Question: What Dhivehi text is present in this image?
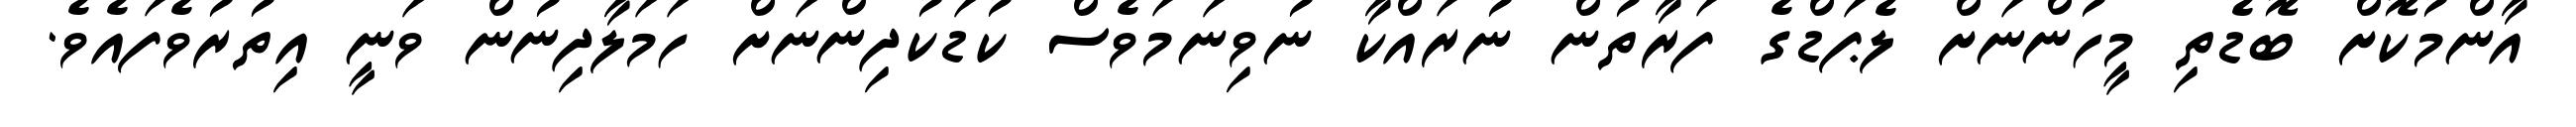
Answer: އާންމުކޮށް ބޮޑެތި މީހުންނަށް ލެޕަޑްގެ ފަރާތުން ނުރައްކާ ނުވިނަމަވެސް ކުޑަކުދިންނަށް ހަމަލާދިނުން ވަނީ އިތުރުވެފައެވެ.